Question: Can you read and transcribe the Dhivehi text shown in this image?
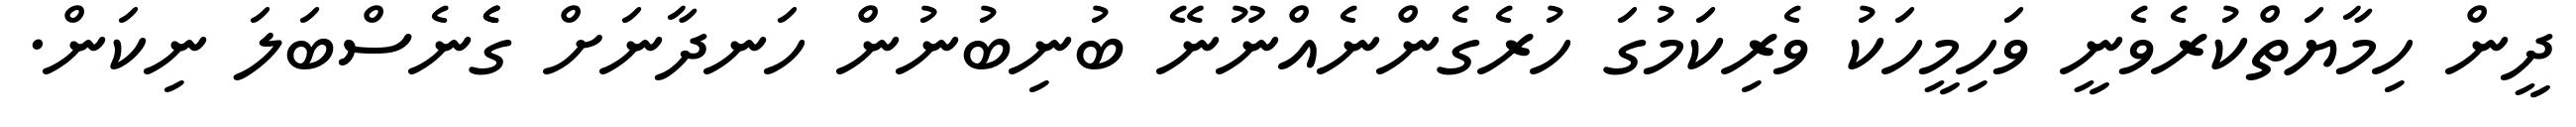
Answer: ދީން ހިމާޔަތްކުރެވެނީ ވަހިމީހަކު ވެރިކަމުގަ ހުރެގެންނެއްނޫނޭ ބުނިބުނުން ހަނދާނަށް ގެެެނެސްބަލަ ނިކަން.